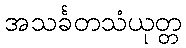
အသင်္ခတသံယုတ္တ